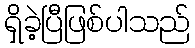
ရှိခဲ့ပြီဖြစ်ပါသည်